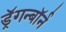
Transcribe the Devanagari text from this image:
ड्रॅगन्बॉर्न